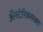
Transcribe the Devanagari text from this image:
अॅस्टेरिक्सच्या